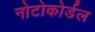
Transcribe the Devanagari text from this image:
नोटोकोर्डल